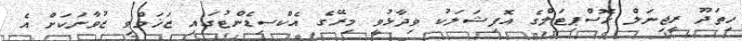
ހިތަދޫ ރީޖިނަލް ހޮސްޕިޓަލްގެ އޮފިޝަލަކު ވިދާޅުވީ މިރޭގެ އެކްސިޑެންޓުގައި ޒަޚަމްވި ޒުވާނަކަށް އެ